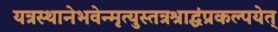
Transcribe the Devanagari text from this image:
यत्रस्थानेभवेन्मृत्युस्तत्रश्राद्धंप्रकल्पयेत्